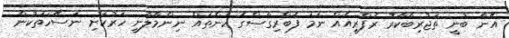
އޭނާ ބުނީ ތަޖުރިބާކާރު ރެފްރީއެއް ނަމަ ފެބްރިގާސްގެ ކަންތައް ނިންމާލާނީ ހަރުކަށި ނަސޭހަތަކުން